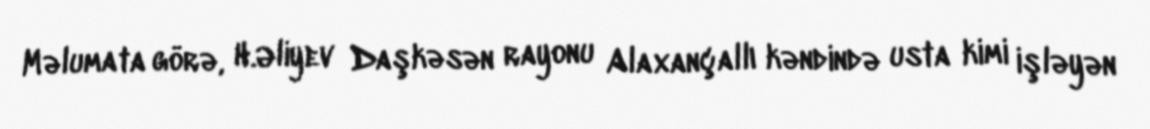
Məlumata görə, H.Əliyev Daşkəsən rayonu Alaxançallı kəndində usta kimi işləyən